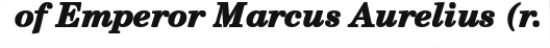
of Emperor Marcus Aurelius (r.